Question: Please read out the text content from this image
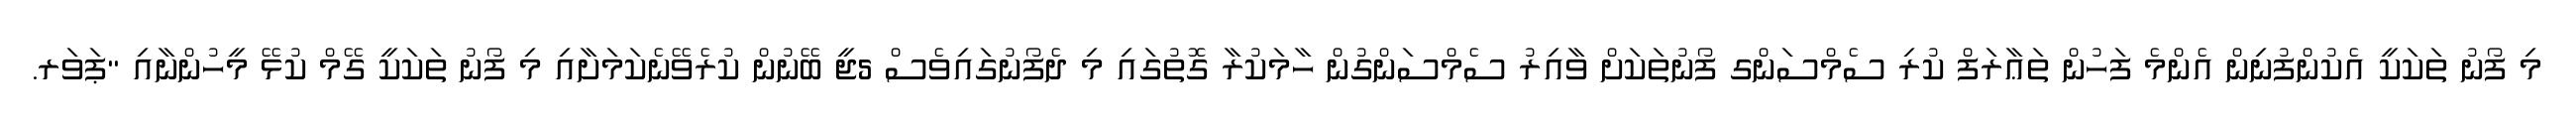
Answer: މި ފޯނު ތަކަކީ އެކުންފުނިން އެންމެ ފަހުން ތަޢާރަފް ކުރި ސެމްސަންގ ފޯނުތަކަށް ވާއިރު ސެމްސަންގުން ހާމަކުރާ ގޮތުގައި މި ދެފޯނުގައިވެސް 5ޖީ ބޭނުން ކުރެވޭނެކަމަށާއި މި ފޯނު ތަކަކީ ގޭމް ކުޅޭ މީހުންނާއި "ޕަވަރ.